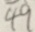
4 9